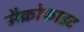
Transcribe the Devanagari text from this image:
मैक्रोफाइट